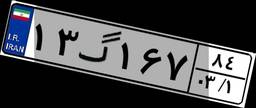
۰۳گ۰۴۰۲۱